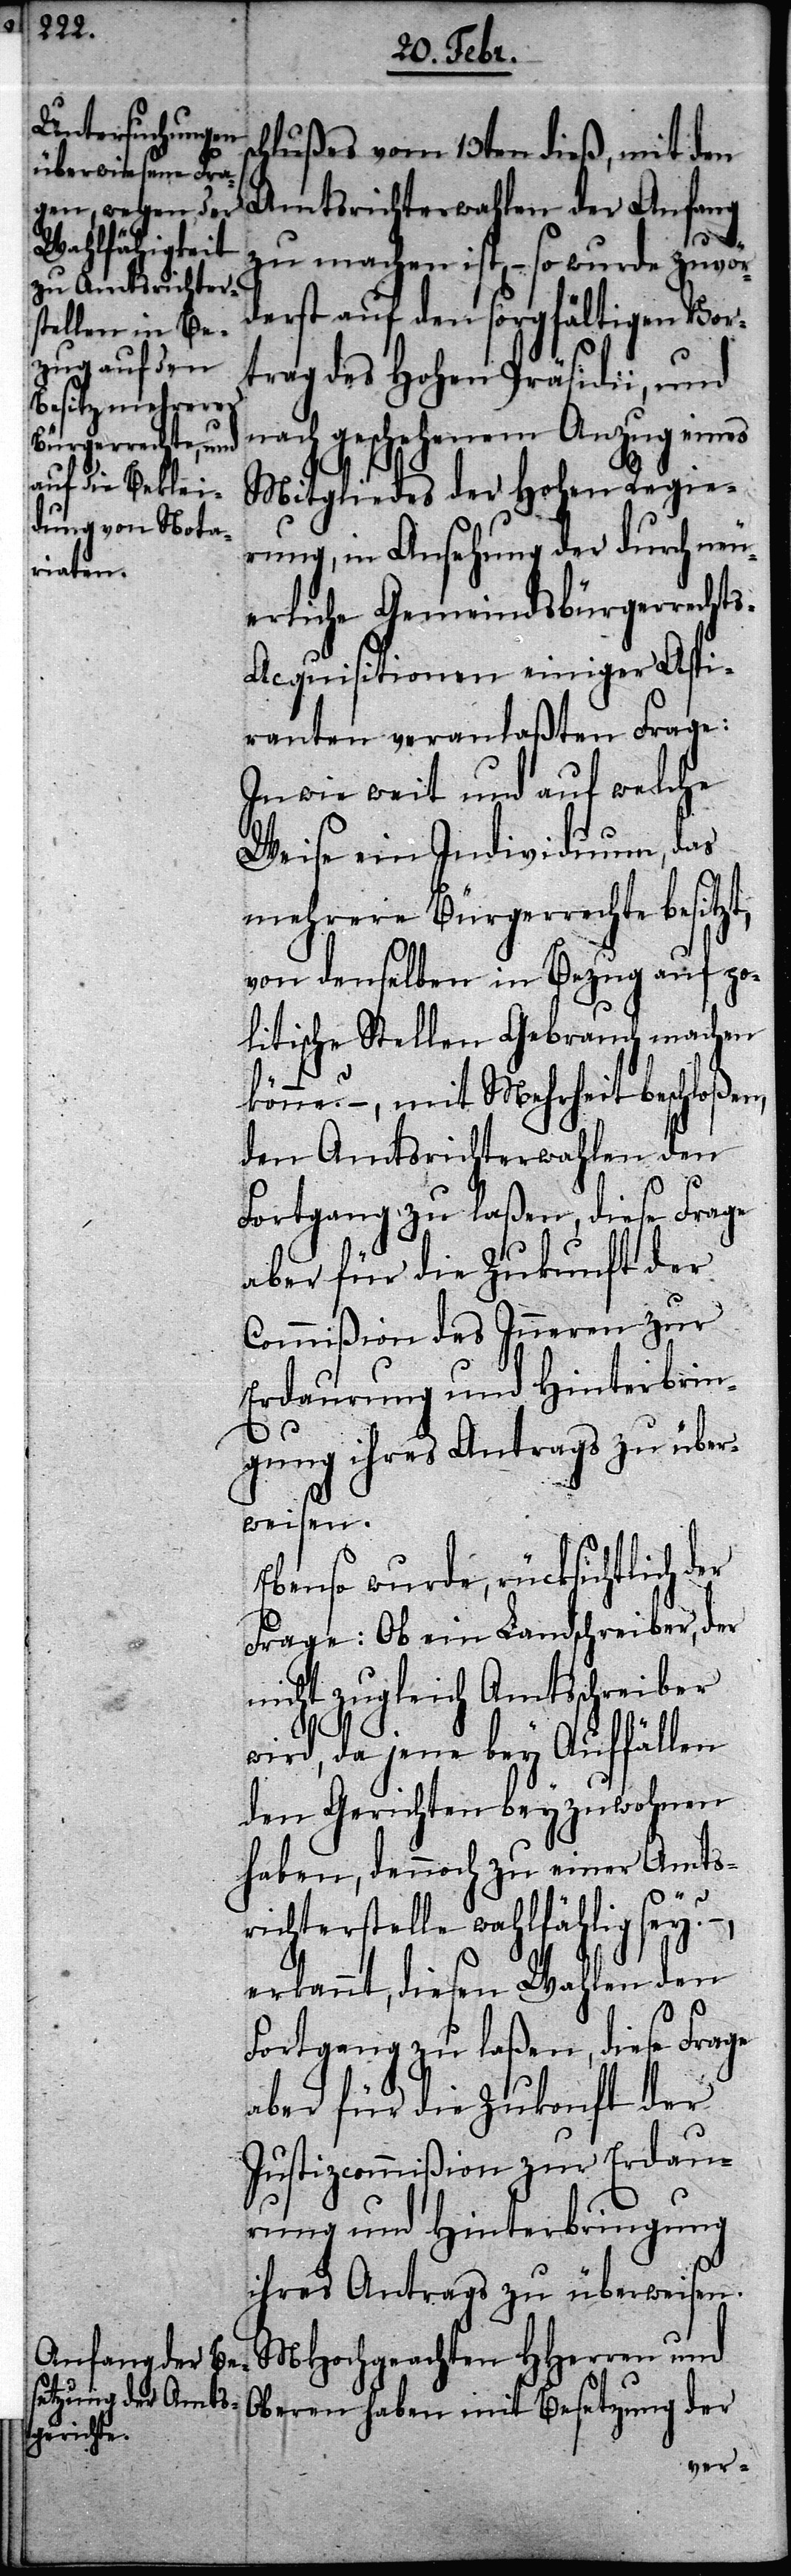
erliche Gemeinds¬
bürgerrechts-A¬

hlußes vom 13ten dieß, mit den
Amtsrichterwahlen der Anfang
zu machen ist, – so wurde zuvor¬
derst auf den sorgfältigen Vor¬
trag des Hohen Präsidii, und
nach geschehenem Anzug eines
Mitgliedes der Hohen Regie¬
rung, in Ansehung der durch neu¬
cquisitionen einiger Aspi¬
ranten veranlaßten Frage:
In wie weit und auf welche
Weise ein Individuum, das
mehrere Bürgerrechte besitzt,
von denselben in Bezug auf po¬
litische Stellen Gebrauch machen
könne? –, mit Mehrheit beschloßen,
den Amtsrichterwahlen den
Fortgang zu laßen, diese Frage
aber für die Zukunft der
Commißion des Inneren zur
Erdaurung und Hinterbrin¬
gung ihres Antrags zu über¬
weisen.
Ebenso wurde, rücksichtlich der
Frage: Ob ein Landschreiber, der
nicht zugleich Amtsschreiber
sc¬
wird, da jene bey Auffällen
den Gerichten beyzuwohnen
haben, dennoch zu einer Amts¬
richterstelle wahlfählig [sic!]
erkannt, diesen Wahlen den
aber für die Zukonft der
Justizcommißion zur Erdau¬
rung und Hinterbringung
ihres Antrags zu überweisen.
MHochgeachten HHerren und
Oberen haben mit Besetzung der